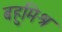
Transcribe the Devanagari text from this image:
बहुमिश्र